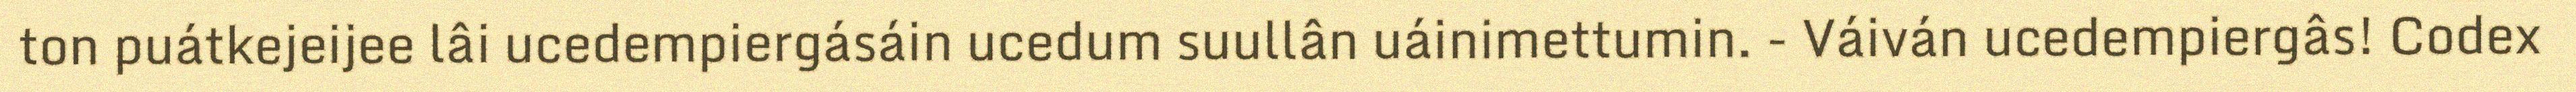
ton puátkejeijee lâi ucedempiergásáin ucedum suullân uáinimettumin. - Váiván ucedempiergâs! Codex